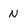
Character: N